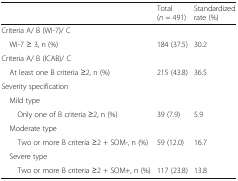
<table><thead><tr><td></td><td><b>Total (<i>n</i> = 491)</b></td><td><b>Standardized rate (%)</b></td></tr></thead><tbody><tr><td colspan="3">Criteria A/ B (WI-7)/ C</td></tr><tr><td> WI-7 ≥ 3, n (%)</td><td>184 (37.5)</td><td>30.2</td></tr><tr><td colspan="3">Criteria A/ B (ICAB)/ C</td></tr><tr><td> At least one B criteria ≥2, n (%)</td><td>215 (43.8)</td><td>36.5</td></tr><tr><td colspan="3">Severity specification</td></tr><tr><td colspan="3"> Mild type</td></tr><tr><td>Only one of B criteria ≥2, n (%)</td><td>39 (7.9)</td><td>5.9</td></tr><tr><td colspan="3"> Moderate type</td></tr><tr><td>Two or more B criteria ≥2 + SOM-, n (%)</td><td>59 (12.0)</td><td>16.7</td></tr><tr><td colspan="3"> Severe type</td></tr><tr><td>Two or more B criteria ≥2 + SOM+, n (%)</td><td>117 (23.8)</td><td>13.8</td></tr></tbody></table>